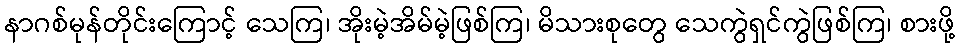
နာဂစ်မုန်တိုင်းကြောင့် သေကြ၊ အိုးမဲ့အိမ်မဲ့ဖြစ်ကြ၊ မိသားစုတွေ သေကွဲရှင်ကွဲဖြစ်ကြ၊ စားဖို့